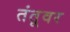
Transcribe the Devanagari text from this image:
तंतूवर